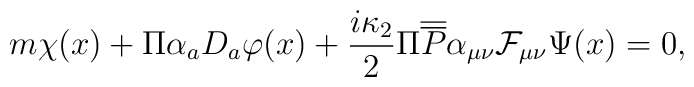
m\chi (x)+\Pi \alpha _aD_a\varphi (x)+\frac{i\kappa _2}2\Pi\overline{ \overline{P}}\alpha _{\mu \nu }\mathcal{F}_{\mu \nu}\Psi (x)=0,